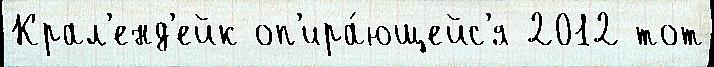
Крал'енд'ейк оп'ира́ющейс'я 2012 тот